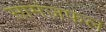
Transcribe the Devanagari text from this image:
सामंजफल